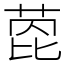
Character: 萞